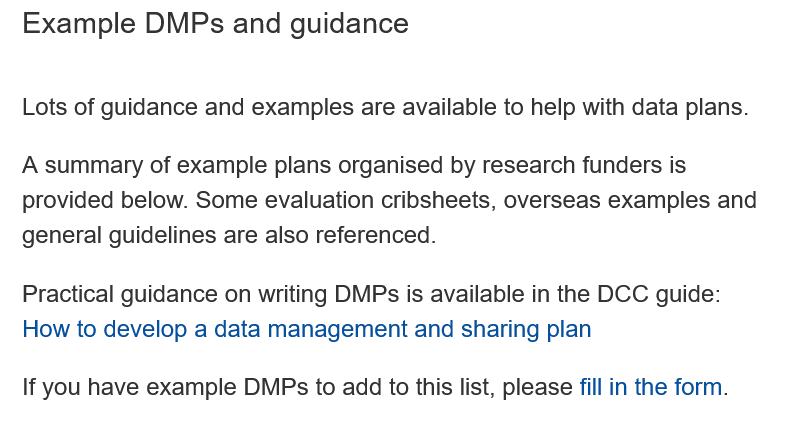
Example   DMPs and    quidance
  Lots of guidance and examples are available to help with data plans.
  A summary of example plans organised by research funders is
  provided below. Some evaluation cribsheets, overseas examples and
  general guidelines are also referenced.
  Practical guidance on writing DMPs is available in the DCC guide:
  How  to develop a data management and sharing plan
  If you have example DMPs to add to this list, please fill in the form.